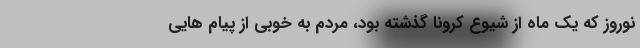
نوروز که یک ماه از شیوع کرونا گذشته بود، مردم به خوبی از پیام هایی